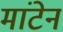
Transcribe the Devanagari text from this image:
मांटेन